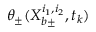
\theta _ { \pm } ( X _ { b \pm } ^ { i _ { 1 } , i _ { 2 } } , t _ { k } )